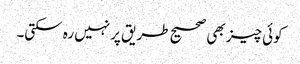
کوئی چیز بھی صحیح طریق پرنہیں رہ سکتی۔